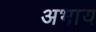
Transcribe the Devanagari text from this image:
अभाय